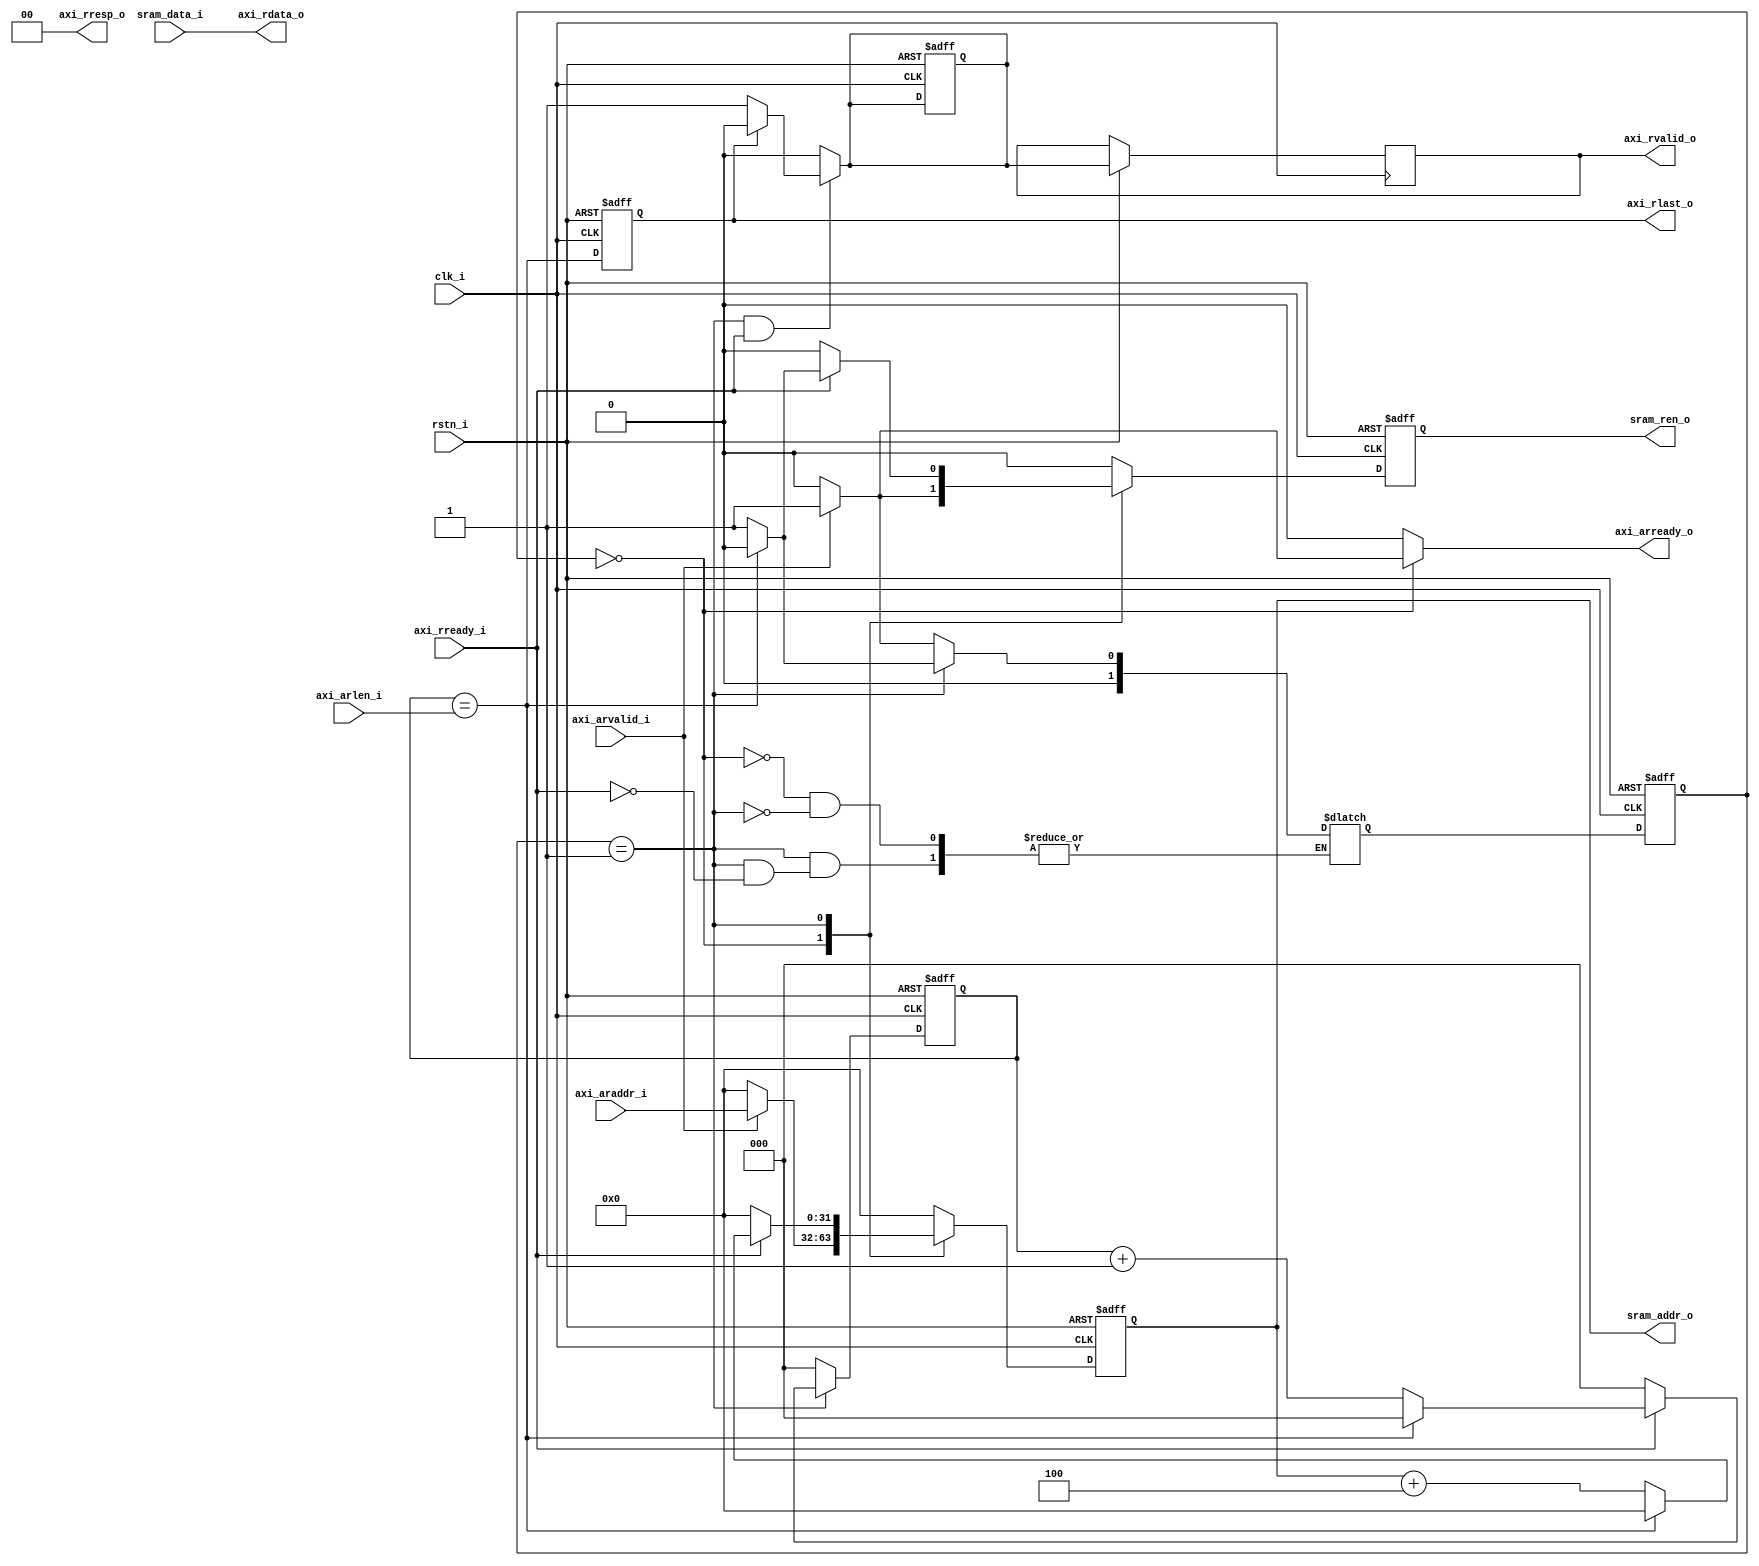
module axi_if
(
    input   wire            clk_i           ,
    input   wire            rstn_i          ,
//axi
    //request
    input   wire [31:0]     axi_araddr_i    ,
    input   wire [ 7:0]     axi_arlen_i     ,
    input   wire            axi_arvalid_i   ,
    output  wire            axi_arready_o   ,
    //response
    output  wire [31:0]     axi_rdata_o     ,
    output  wire [ 1:0]     axi_rresp_o     ,
    output  wire            axi_rlast_o     ,//cycle
    output  wire            axi_rvalid_o    ,      
    input   wire            axi_rready_i    ,
//sram
    output  wire [31:0]     sram_addr_o     ,
    output  wire            sram_ren_o      ,
    input   wire [31:0]     sram_data_i 
);
    parameter IDLE = 0;
    parameter READ = 1;

    reg [2:0]  cnt_d;
    reg [2:0]  cnt_q;
    reg [1:0] state_q;
    reg [1:0] next_state_r;
    wire axi_rlast_d = (cnt_q == axi_arlen_i);
//next state generate 
    always @(*) begin
        case(state_q)
            IDLE : begin
                    if(axi_arvalid_i) 
                        next_state_r = READ;
                    else
                        next_state_r = IDLE;
            end
            READ : begin
                    if(axi_rready_i) begin
                        if(axi_rlast_d)
                            next_state_r = IDLE;
                        else    
                            next_state_r = READ;
                    end
            end
        endcase
    end


    reg [31:0] sram_addr_d;
    reg [31:0] sram_addr_q;
    reg        sram_ren_d;
    reg        sram_ren_q;
    reg        axi_arready_r;
    reg        axi_rvalid_d;
    reg        axi_rvalid_q;
    reg  axi_rlast_q;
    
    always @(posedge clk_i or negedge rstn_i) begin
        if(!rstn_i) 
            axi_rlast_q <= 1'b0;
        else 
            axi_rlast_q <= axi_rlast_d;
    end
//output
    always @(*) begin
        axi_arready_r = 1'b0;
        sram_addr_d   = 32'b0;
        sram_ren_d    = 1'b0;
        cnt_d         = 1'b0;
        case(state_q)
            IDLE : begin
                    if(axi_arvalid_i) begin
                        axi_arready_r = 1'b1;
                        sram_addr_d   = axi_araddr_i;
                        sram_ren_d    = 1'b1;
                    end
            end
            READ : begin
                    axi_arready_r = 1'b0;
                    if(axi_rready_i) begin
                        if(axi_rlast_d) begin
                            cnt_d        = 1'b0; 
                            sram_addr_d  = 32'd0;
                            sram_ren_d   = 1'b0;
                        end
                        else begin
                            cnt_d        = cnt_q + 1'b1;
                            sram_addr_d  = sram_addr_q + 4;
                            sram_ren_d   = 1'b1;
                        end
                    end 
            end
        endcase
    end
    always @(*) begin
        axi_rvalid_d = 1'b0;
        if((state_q == READ) && axi_rready_i) begin
            if(axi_rlast_q)
                axi_rvalid_d = 1'b0;
            else
                axi_rvalid_d = 1'b1;
        end
    end
//state update
    always @(posedge clk_i or negedge rstn_i) begin
        if(!rstn_i) begin
            state_q      <= IDLE;
            cnt_q        <= 3'd0;
            sram_addr_q  <= 32'd0;
            sram_ren_q   <= 1'b0;
            axi_rvalid_d <= 1'b0;
        end 
        else begin
            state_q      <= next_state_r;
            cnt_q        <= cnt_d;
            sram_addr_q  <= sram_addr_d;
            sram_ren_q   <= sram_ren_d;
            axi_rvalid_q <= axi_rvalid_d;
        end
    end
    
    assign axi_arready_o = axi_arready_r;
    assign axi_rdata_o   = sram_data_i;
    assign axi_rresp_o   = 2'b0;            //useless
    assign axi_rlast_o   = axi_rlast_q;
    assign axi_rvalid_o  = axi_rvalid_q;

    assign sram_addr_o   = sram_addr_q;
    assign sram_ren_o    = sram_ren_q;
endmodule